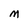
Character: M